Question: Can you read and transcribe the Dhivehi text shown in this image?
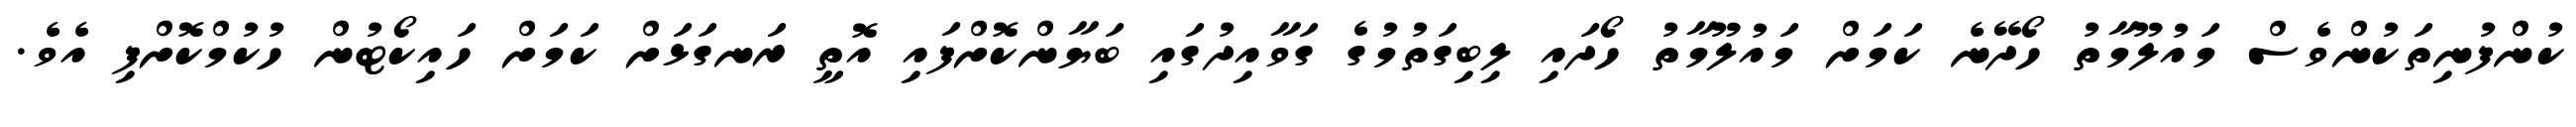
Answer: ކުންފުނިތަކުންވެސް މައުލޫމާތު ހޯދޭނެ ކަމަށް މައުލޫމާތު ހޯދައި ލިބިގަތުމުގެ ގަވާއިދުގައި ބަޔާންކޮށްފައި އޮތީ ރަނގަޅަށް ކަމަށް ހައިކޯޓުން ހުކުމްކޮށްފި އެވެ.